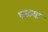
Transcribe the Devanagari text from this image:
घळ्या